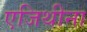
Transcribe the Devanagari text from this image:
एजिथीना